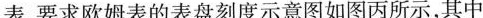
表，要求欧姆表的表盘刻度示意图如图丙所示，其中